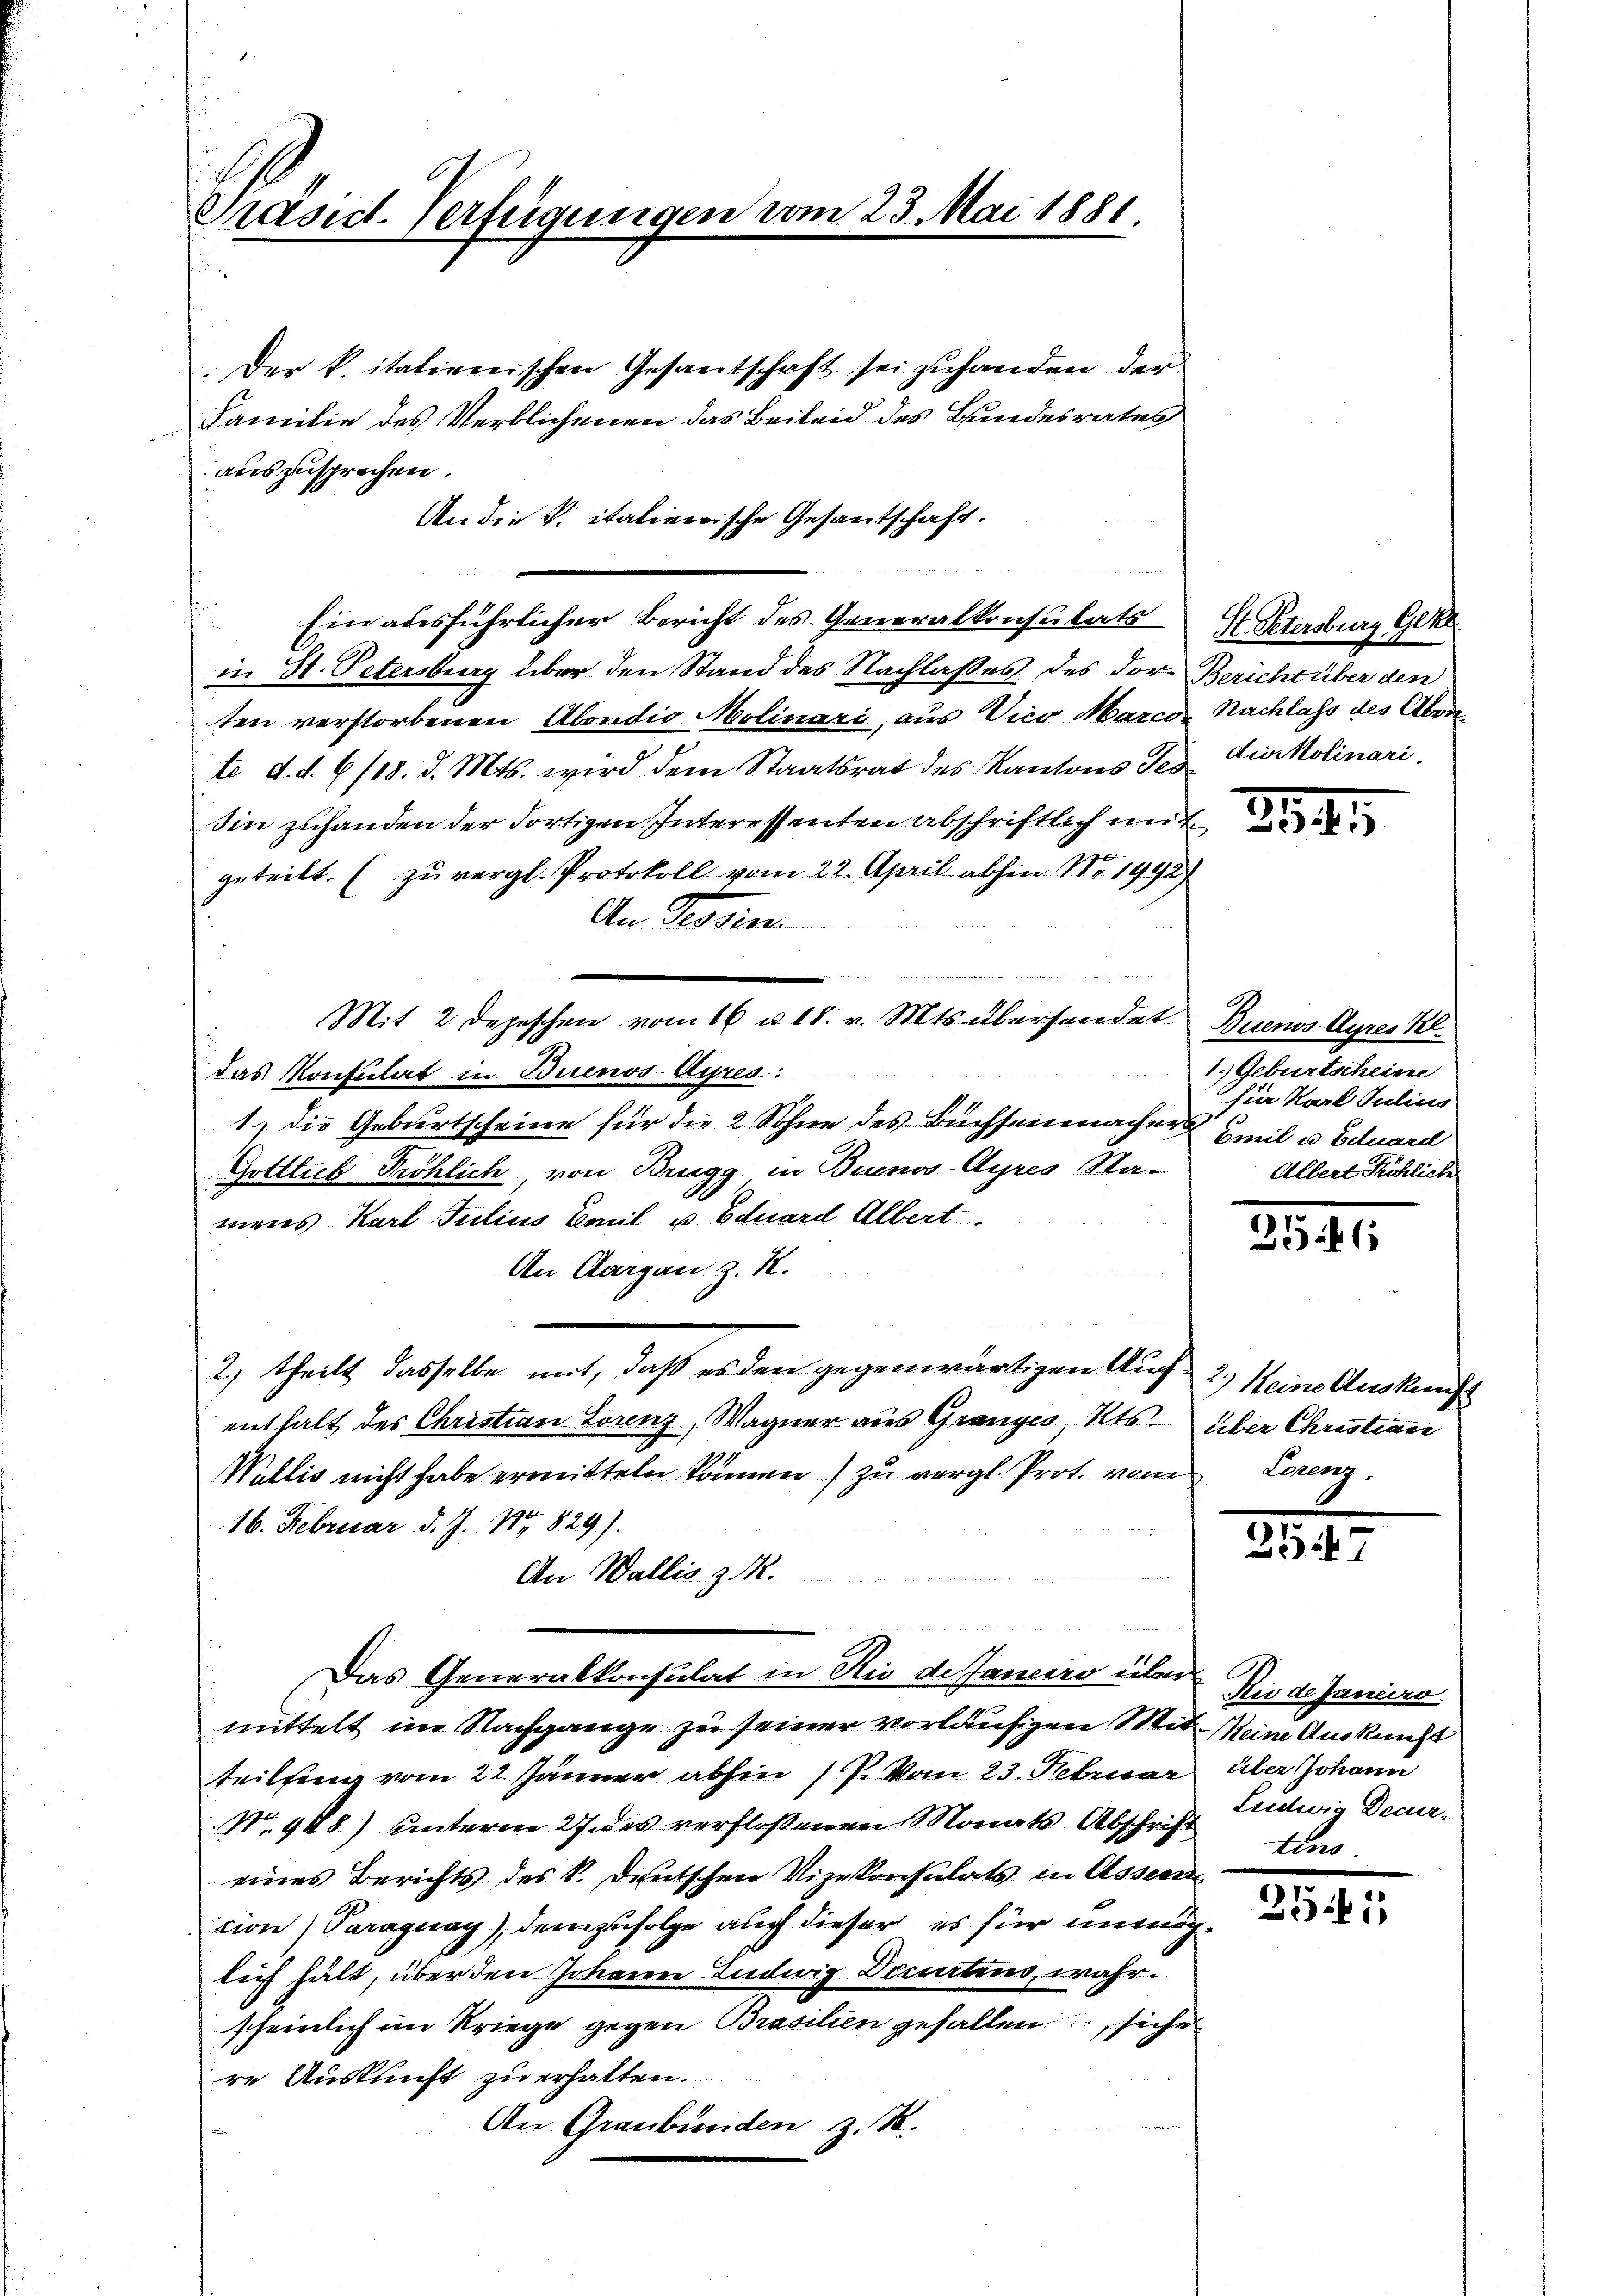
Präsid. Verfügungen vom 23. Mai 1881.

Der k. italienischen Gesantschaft sei zuhanden der
Familie des Verblichenen das Beileid des Bundesrates
auszusprechen.
An die K. italienische Gesantschaft.
Ein ausführlicher Bericht des Generalkonsulats Petersburg Geke
in St. Petersburg über den Stand des Nachlaßes des dor Bericht über den
ten verstorbenen Abondio Molinari, aus Vico Marco Nachlass des Aben
te d. d. 6./18. d. Mts. wird dem Staatsrat des Kantons Tes die Molinari
Iin zuhanden der dortigen Interessenten abschriftlich mit
geteilt. (zu vergl. Protokoll vom 22. April abhin III 1992/
An Rosin
 Gene
Mit 2 Depeschen vom 16 u. 18. v. Mts. übersendet Buenos Ayres Kl
das Konsulat in Buenos-Ayres:
1.) Die Geburtscheine für die 2 Schne des Büchsenmacher zweil u. Eduard
Gottlieb Tröhlich, von Brugg in Buenos-Ayres Ramens Karl Julius Emil u. Eduard Albert.
An Aargau z. R.
2) theils dasselbe mit, daß es den gegenwärtigen Aufenthalt des Christian Lorenz, Wagner aus Granges, Kts. über Christian
Wallis nicht habe ermitteln können) zu vergl. Prot. vom
16. Februar d. J. Nr. 829).
An Wallis z.
Das Generalkonsulat in Rio de Jancier über Niede Janiero
mittelt im Nachgange zu seiner vorläufigen Mit Mein Auskunft
teilsang vom 22. Jänner abhin 17. Vom 23. Februar
No. 948) unterm 27 des verfloßenen Monats-Abschrift
eines Berichts des V. Deutschen Vizekonsulats in Assen
cion) Paraguay), demzufolge auch dieser es für unmöglich hält, über den Johann Ludwig Denirtens, wahrscheinlich im Kriege gegen Brasilien gefallen siche
re Auskunft zu erhalten.
An Graubünden z. B.

254

1. Geburtscheine
für Karl Julius
Albert Köhlich

3546

2) Meine Auskunft
Lurenz,

2

über Johann
Lentwig Decurtins

2741